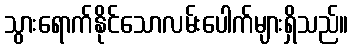
သွားရောက်နိုင်သောလမ်းပေါက်များရှိသည်။